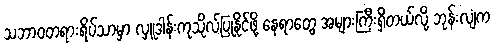
သဘာဝတရားရိပ်သာမှာ လှူဒါန်းကုသိုလ်ပြုနိုင်ဖို့ နေရာတွေ အများကြီးရှိတယ်လို့ ဘုန်းလျံက